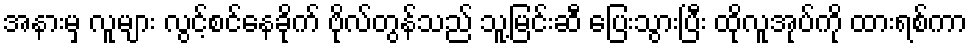
အနားမှ လူများ လွင့်စင်နေခိုက် ဗိုလ်တွန်သည် သူ့မြင်းဆီ ပြေးသွားပြီး ထိုလူအုပ်ကို ထားရစ်ကာ